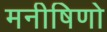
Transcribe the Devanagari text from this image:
मनीषिणो